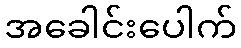
အခေါင်းပေါက်